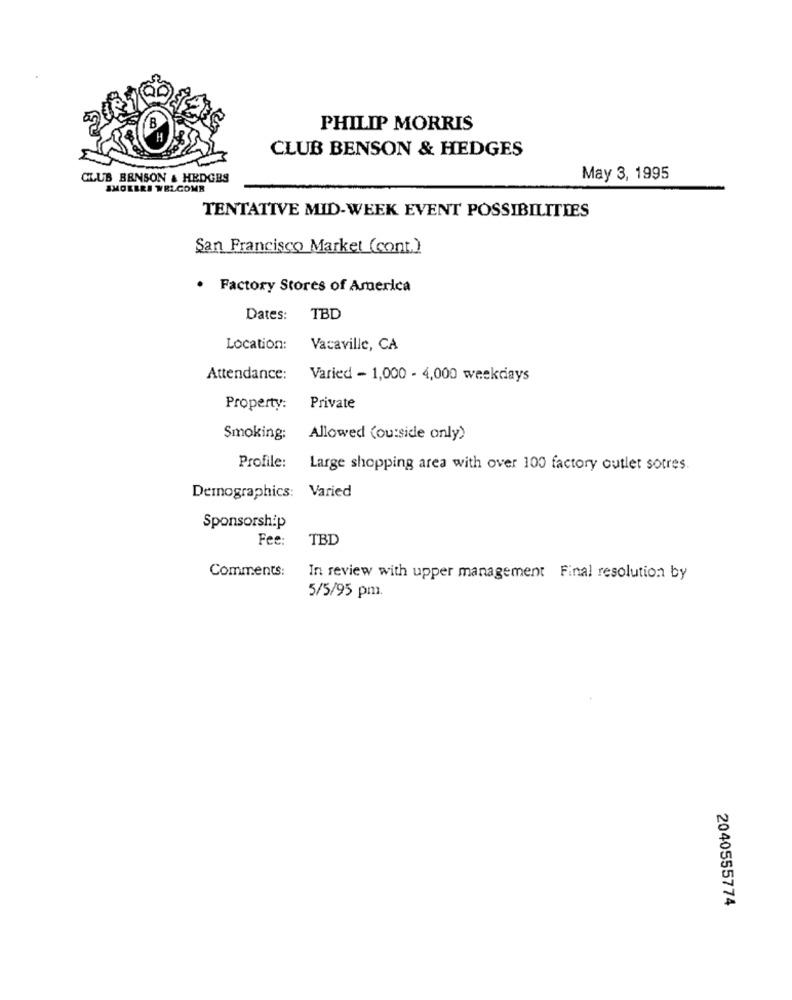
B
PHILIP MORRIS
H
CLUB BENSON & HEDGES
CLUB BENSON & HEDGES
May 3, 1995
SMOKERS WELCOME
TENTATIVE MID-WEEK EVENT POSSIBILITIES
San Francisco Market (cont.)
· Factory Stores of America
Dates:
TBD
Location:
Vacaville, CA
Attendance:
Varied - 1,000 - 4,000 weekdays
Property:
Private
Smoking:
Allowed (outside only)
Profile:
Large shopping area with over 100 factory outlet sotres.
Demographics: Varied
Sponsorship
Fee:
TBD
Comments:
In review with upper management Final resolution by
5/5/95 pm
2040555774